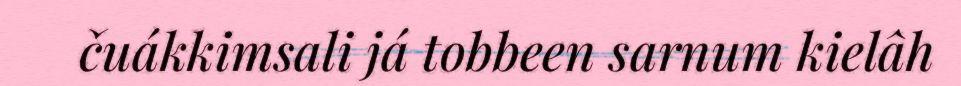
čuákkimsali já tobbeen sarnum kielâh